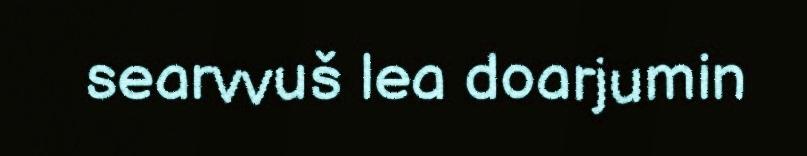
searvvuš lea doarjumin